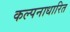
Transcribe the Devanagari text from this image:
कल्पनाधारित